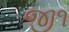
જી૧